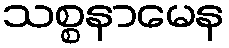
သစ္စနာမေန